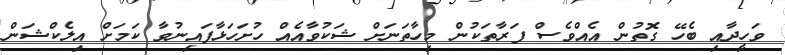
ވަހީދާއި ބެހޭ ގޮތުން އެއްވެސް ފަރާތަކުން މިހާތަނަށް ޝަކުވާއެއް ހުށަހަޅާފައިނުވާ ކަމަށް އިލެކްޝަން